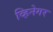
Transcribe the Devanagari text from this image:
व्हिनेगर